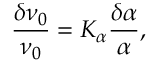
\frac { \delta \nu _ { 0 } } { \nu _ { 0 } } = K _ { \alpha } \frac { \delta \alpha } { \alpha } ,